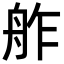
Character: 舴